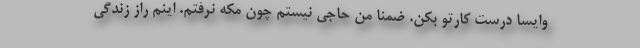
وایسا درست کارتو بکن. ضمنا من حاجی نیستم چون مکه نرفتم. اینم راز زندگی